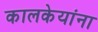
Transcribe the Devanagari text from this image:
कालकेयांना